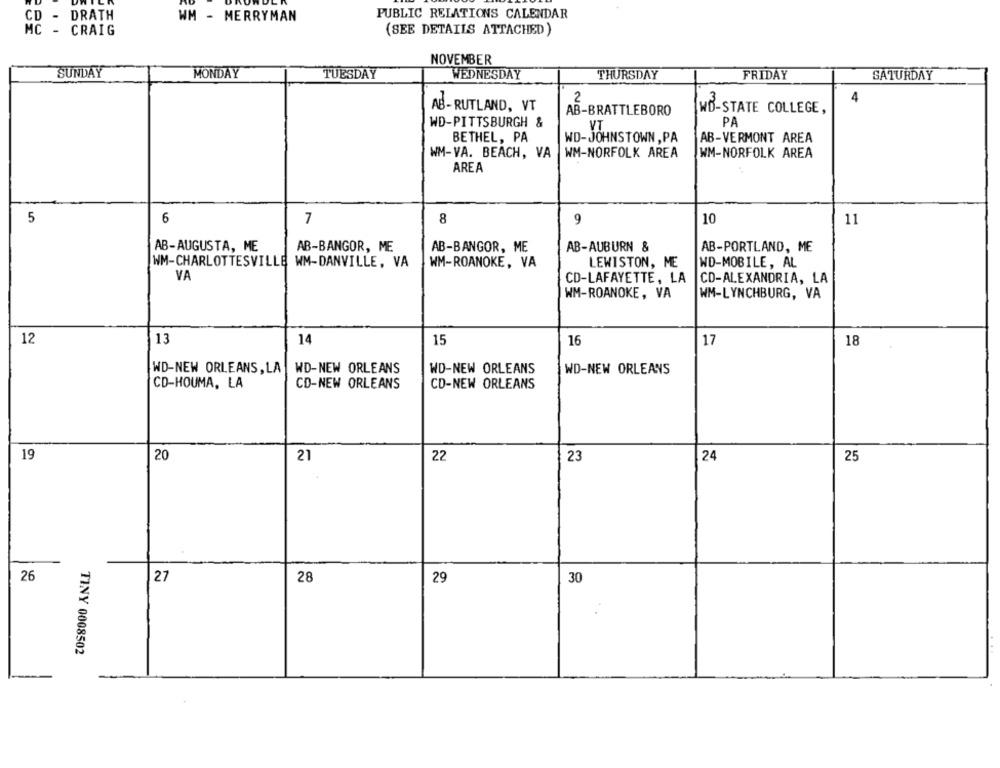
DRATH
PUBLIC RELATIONS CALENDAR
CD -
WM - MERRYMAN
MC - CRAIG
(SEE DETAILS ATTACHED)
NOVEMBER
SUNDAY
MONDAY
TUESDAY
WEDNESDAY
THURSDAY
FRIDAY
SATURDAY
2
4
AB-RUTLAND, VT
AB-BRATTLEBORO
WD-STATE COLLEGE,
WD-PITTSBURGH &
PA
BETHEL, PA
WD-JOHNSTOWN , PA
AB-VERMONT AREA
WM-VA. BEACH, VA
WM-NORFOLK AREA
WM-NORFOLK AREA
AREA
5
6
7
8
9
10
11
AB-AUGUSTA, ME
AB-BANGOR, ME
AB-BANGOR, ME
AB-AUBURN &
AB-PORTLAND, ME
WM-CHARLOTTESVILLE WM-DANVILLE, VA
WM-ROANOKE, VA
LEWISTON, ME
WD-MOBILE, AL
VA
CD-LAFAYETTE, LA
CD-ALEXANDRIA, LA
WM-ROANOKE, VA
WM-LYNCHBURG, VA
12
13
14
15
16
17
18
WD-NEW ORLEANS
WD-NEW ORLEANS, LA | WD-NEW ORLEANS
WD-NEW ORLEANS
CD-HOUMA, LA
CD-NEW ORLEANS
CD-NEW ORLEANS
19
20
21
22
23
24
25
26
27
28
29
30
TINY 0008502